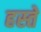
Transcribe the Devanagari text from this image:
हस्‍ते